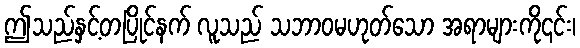
ဤသည်နှင့်တပြိုင်နက် လူသည် သဘာဝမဟုတ်သော အရာများကို၎င်း၊